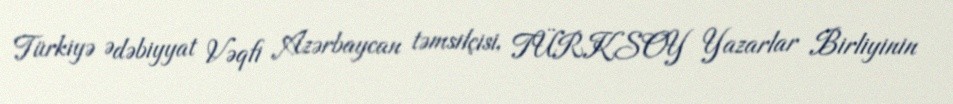
Türkiyə Ədəbiyyat Vəqfi Azərbaycan təmsilçisi, TÜRKSOY Yazarlar Birliyinin